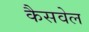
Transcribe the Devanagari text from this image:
कैसवेल